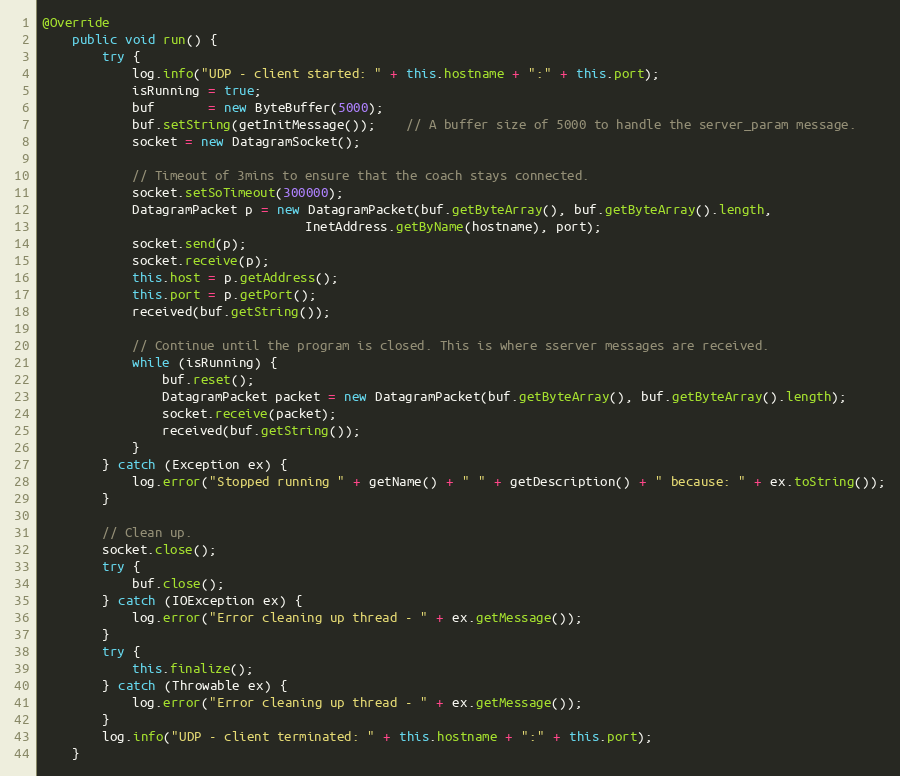
Language: Java
@Override
    public void run() {
        try {
            log.info("UDP - client started: " + this.hostname + ":" + this.port);
            isRunning = true;
            buf       = new ByteBuffer(5000);
            buf.setString(getInitMessage());    // A buffer size of 5000 to handle the server_param message.
            socket = new DatagramSocket();

            // Timeout of 3mins to ensure that the coach stays connected.
            socket.setSoTimeout(300000);
            DatagramPacket p = new DatagramPacket(buf.getByteArray(), buf.getByteArray().length,
                                   InetAddress.getByName(hostname), port);
            socket.send(p);
            socket.receive(p);
            this.host = p.getAddress();
            this.port = p.getPort();
            received(buf.getString());

            // Continue until the program is closed. This is where sserver messages are received.
            while (isRunning) {
                buf.reset();
                DatagramPacket packet = new DatagramPacket(buf.getByteArray(), buf.getByteArray().length);
                socket.receive(packet);
                received(buf.getString());
            }
        } catch (Exception ex) {
            log.error("Stopped running " + getName() + " " + getDescription() + " because: " + ex.toString());
        }

        // Clean up.
        socket.close();
        try {
            buf.close();
        } catch (IOException ex) {
            log.error("Error cleaning up thread - " + ex.getMessage());
        }
        try {
            this.finalize();
        } catch (Throwable ex) {
            log.error("Error cleaning up thread - " + ex.getMessage());
        }
        log.info("UDP - client terminated: " + this.hostname + ":" + this.port);
    }